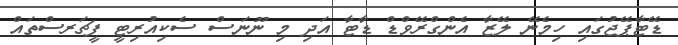
ޑޭޓާޕޭޖުގައި ހިމެނޭ ލޭޒާ އެންގްރޭވްޑް ޑާޓާ އަދި މި ނޫނަސް ސެކިއުރިޓީ ފީޗަރސްތައް